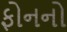
ફોનનો